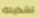
تشكيلة